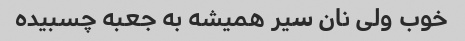
خوب ولی نان سیر همیشه به جعبه چسبیده